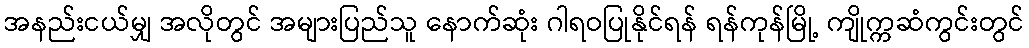
အနည်းငယ်မျှ အလိုတွင် အများပြည်သူ နောက်ဆုံး ဂါရဝပြုနိုင်ရန် ရန်ကုန်မြို့ ကျိုက္ကဆံကွင်းတွင်